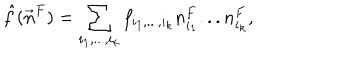
\hat { f } ( \vec { n } ^ { F } ) = \sum _ { i _ { 1 } , . . . , i _ { k } } f _ { i _ { 1 } , . . . , i _ { k } } n _ { i _ { 1 } } ^ { F } . . . n _ { i _ { k } } ^ { F } ,